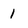
Character: 1